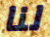
لنا